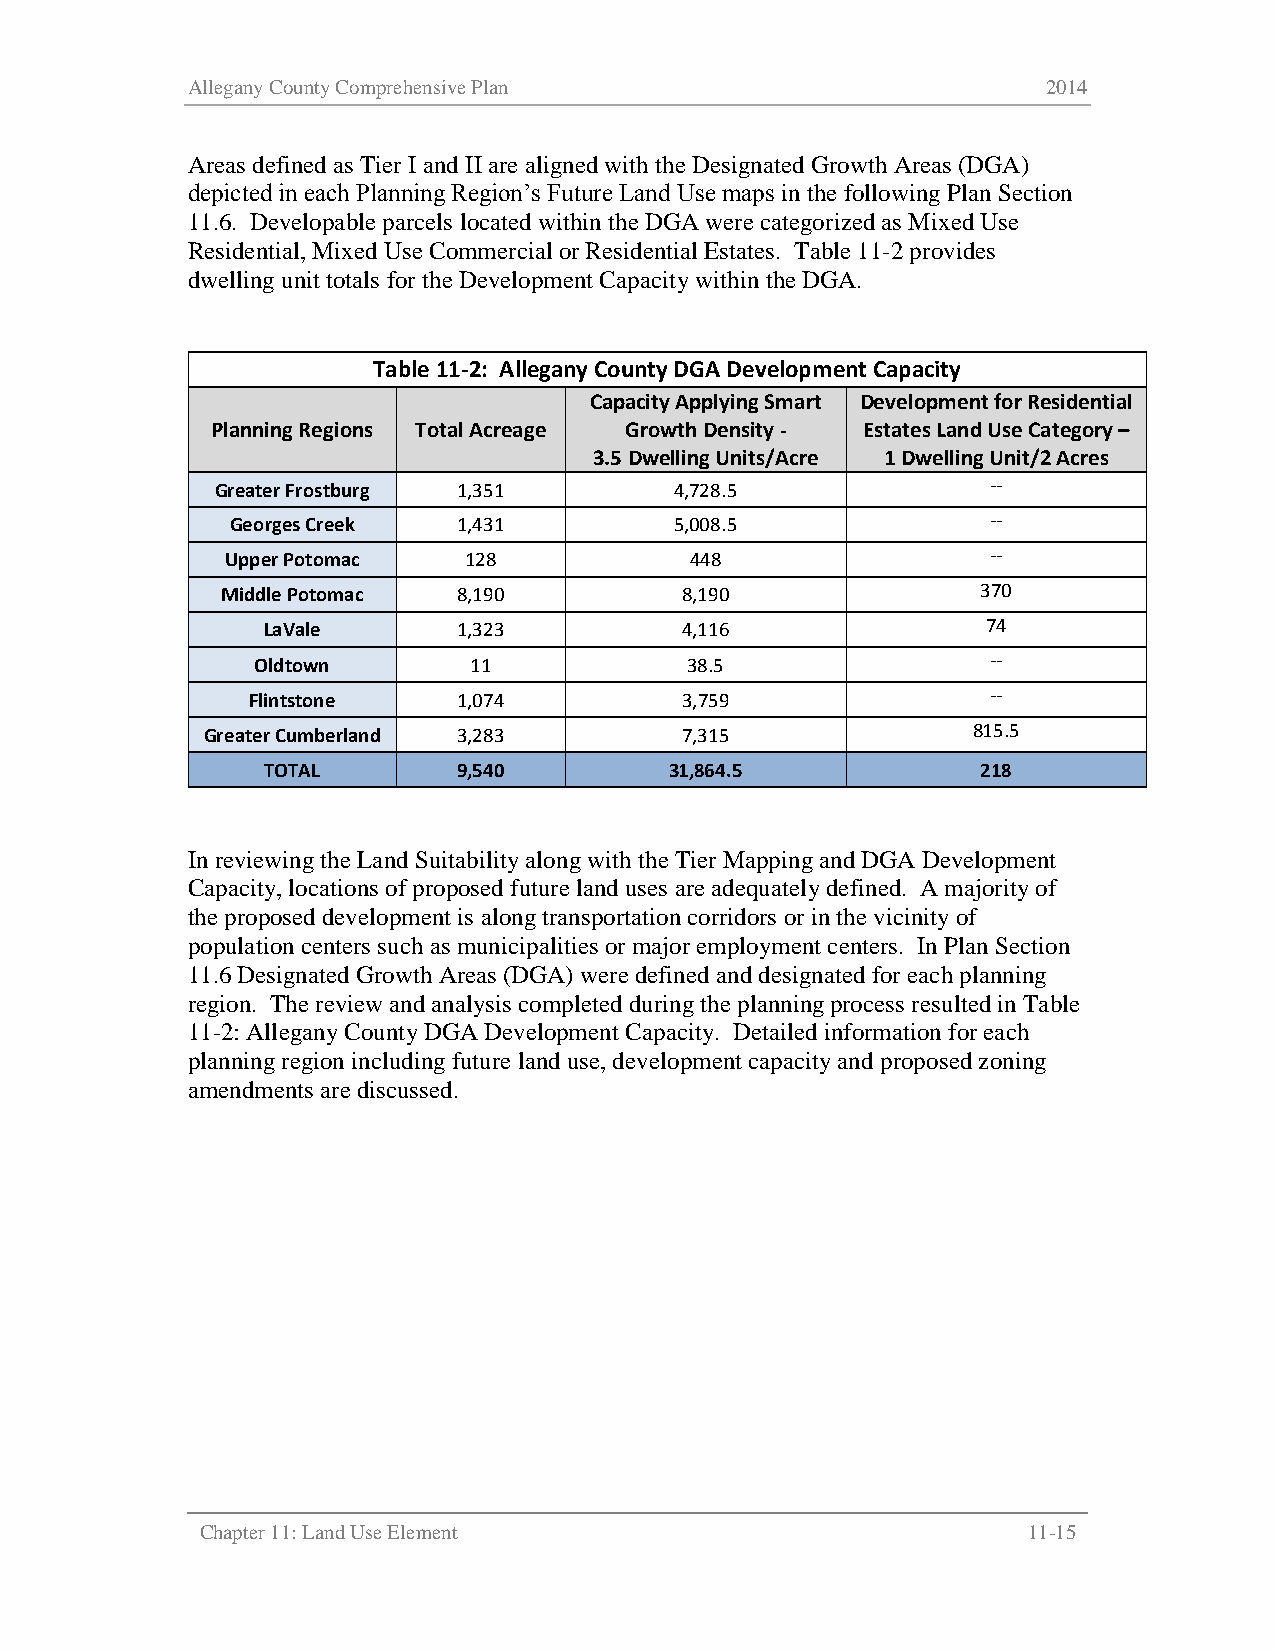
Allegany County Comprehensive Plan                       2014
 Areas defined as Tier I and II are aligned with the Designated Growth Areas (DGA)
 depicted in each Planning Region’s Future Land Use maps in the following Plan Section
 11.6. Developable parcels located within the DGA were categorized as Mixed Use
 Residential, Mixed Use Commercial or Residential Estates. Table 11-2 provides
 dwelling unit totals for the Development Capacity within the DGA.
 Table 11-2: Allegany County DGA Development Capacity
 Capacity Applying Smart Development for Residential
 Planning Regions Total Acreage Growth Density - Estates Land Use Category –
 3.5 Dwelling Units/Acre 1 Dwelling Unit/2 Acres
 Greater Frostburg 1,351        4,728.5              --
 Georges Creek  1,431          5,008.5              --
 Upper Potomac   128            448                 --
 Middle Potomac 8,190          8,190               370
 LaVale       1,323          4,116               74
 Oldtown       11            38.5                 --
 Flintstone    1,074          3,759                --
 Greater Cumberland 3,283        7,315              815.5
 TOTAL        9,540         31,864.5             218
 In reviewing the Land Suitability along with the Tier Mapping and DGA Development
 Capacity, locations of proposed future land uses are adequately defined. A majority of
 the proposed development is along transportation corridors or in the vicinity of
 population centers such as municipalities or major employment centers. In Plan Section
 11.6 Designated Growth Areas (DGA) were defined and designated for each planning
 region. The review and analysis completed during the planning process resulted in Table
 11-2: Allegany County DGA Development Capacity. Detailed information for each
 planning region including future land use, development capacity and proposed zoning
 amendments are discussed.
 Chapter 11: Land Use Element                           11-15